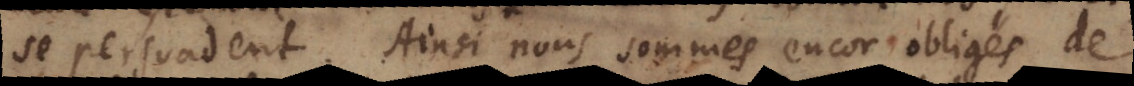
se persuadent. Ainsi nous sommes encor obligés de